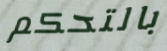
بالتحكم